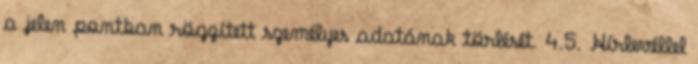
a jelen pontban rögzített személyes adatának törlését. 4.5. Hírlevéllel